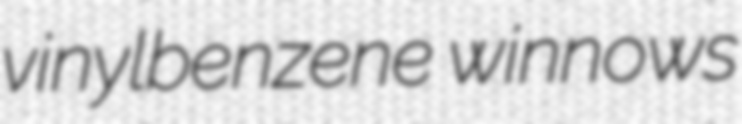
vinylbenzene winnows